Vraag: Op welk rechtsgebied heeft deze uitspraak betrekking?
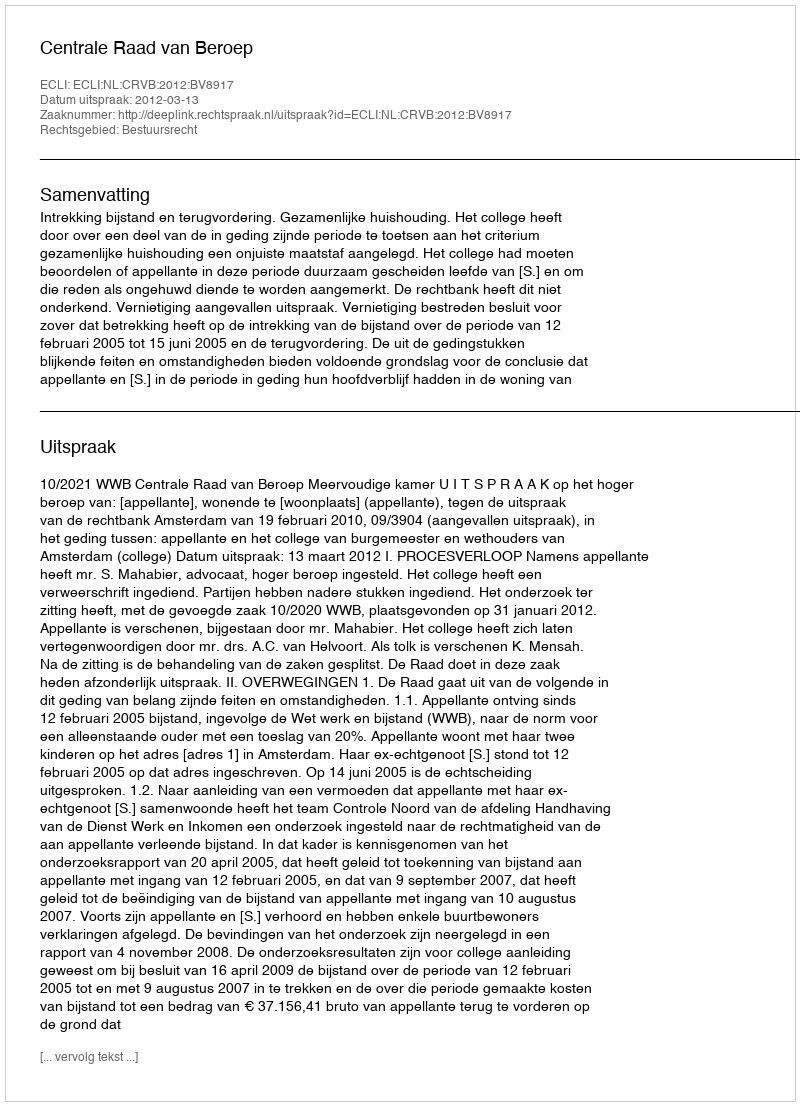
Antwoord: Bestuursrecht